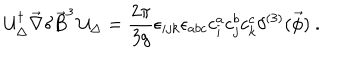
LaTeX: { \cal U } _ { \Delta } ^ { \dagger } \vec { \nabla } \delta \vec { B } ^ { 3 } \, { \cal U } _ { \Delta } = \frac { 2 \pi } { 3 g } \epsilon _ { i j k } \epsilon _ { a b c } c _ { i } ^ { a } c _ { j } ^ { b } c _ { k } ^ { c } \delta ^ { ( 3 ) } ( \vec { \phi } ) \ .